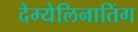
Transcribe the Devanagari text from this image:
देम्येलिनातिंग